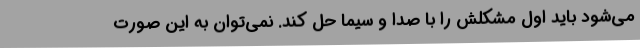
می‌شود باید اول مشکلش را با صدا و سیما حل کند. نمی‌توان به این صورت